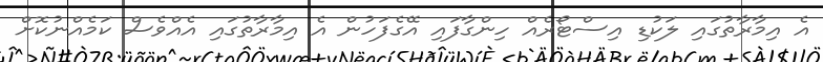
އެ އިމާރާތުގައި ލަކުޑި އިސްޓޯރެއް ހިންގާފައި އޭގެފަހުން އެ އިމާރާތުގައި އެއްވެސް ކަމެއްނުކޮށް